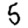
Digit: 5